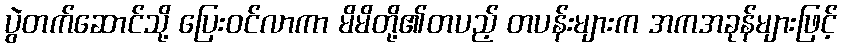
ပွဲတက်ဆောင်သို့ ပြေးဝင်လာကာ မိမိတို့၏တပည့် တပန်းများက အကအခုန်များဖြင့်